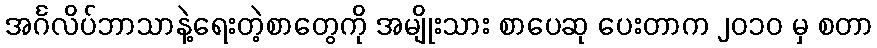
အင်္ဂလိပ်ဘာသာနဲ့ရေးတဲ့စာတွေကို အမျိုးသား စာပေဆု ပေးတာက ၂၀၁၀ မှ စတာ